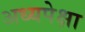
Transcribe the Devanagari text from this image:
अध्यपेक्षा